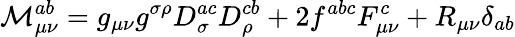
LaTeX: {\cal M}_{\mu\nu}^{ab}=g_{\mu\nu}g^{\sigma\rho}D_{\sigma}^{ac}D_{\rho}^{cb}+2f^{abc}F_{\mu\nu}^{c}+R_{\mu\nu}\delta_{ab}